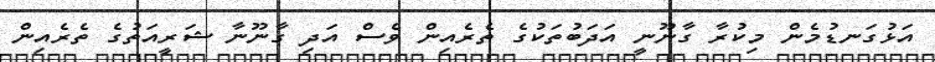
އަޅުގަނޑުމެން މިކުރާ ގާނޫނީ އަދަބުތަކުގެ ތެރެއިން ވެސް އަދި ގާނޫނާ ޝަރީއަތުގެ ތެރެއިން